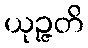
ယုဉ္ဇတိ